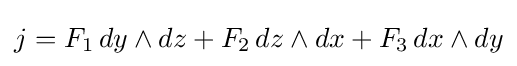
j=F_{1}\,dy\wedge dz+F_{2}\,dz\wedge dx+F_{3}\,dx\wedge dy